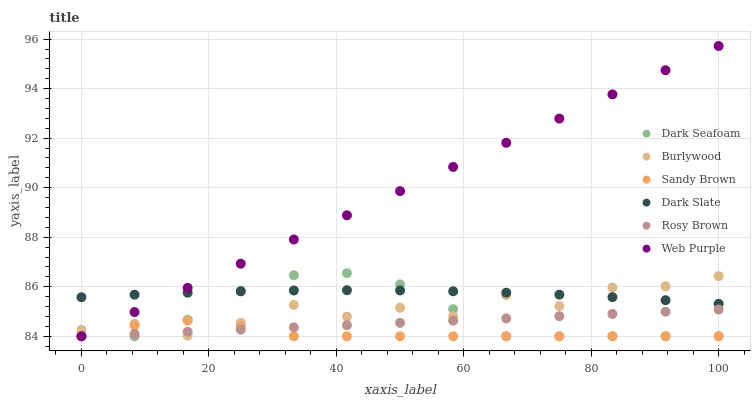
| xaxis_label | Dark Seafoam | Burlywood | Sandy Brown | Dark Slate | Rosy Brown | Web Purple |
 | --- | --- | --- | --- | --- | --- | --- |
 | 0 | 84 | 84.3 | 84 | 85.6 | 84 | 84 |
 | 8.33 | 84 | 84.5 | 84.4 | 85.7 | 84.1 | 85 |
 | 16.7 | 84.7 | 84 | 84.6 | 85.8 | 84.2 | 86 |
 | 25 | 85.8 | 84.5 | 84.4 | 85.8 | 84.3 | 86.9 |
 | 33.3 | 86.5 | 85.3 | 84 | 85.8 | 84.4 | 87.9 |
 | 41.7 | 86.5 | 84.8 | 84 | 85.9 | 84.5 | 88.9 |
 | 50 | 86.1 | 85.2 | 84 | 85.9 | 84.5 | 89.9 |
 | 58.3 | 85.1 | 84.8 | 84 | 85.8 | 84.6 | 90.8 |
 | 66.7 | 84 | 85.7 | 84 | 85.8 | 84.7 | 91.8 |
 | 75 | 84 | 85.2 | 84 | 85.7 | 84.8 | 92.8 |
 | 83.3 | 84 | 86 | 84 | 85.6 | 84.9 | 93.8 |
 | 91.7 | 84 | 86 | 84 | 85.5 | 85 | 94.7 |
 | 100 | 84 | 86.4 | 84 | 85.3 | 85.1 | 95.7 |